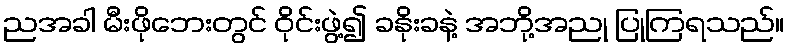
ညအခါ မီးဖိုဘေးတွင် ဝိုင်းဖွဲ့၍ ခနိုးခနဲ့ အဘို့အညု ပြုကြရသည်။